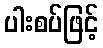
ပါးစပ်ဖြင့်